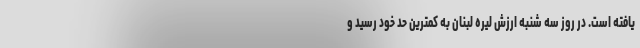
یافته است. در روز سه شنبه ارزش لیره لبنان به کمترین حد خود رسید و